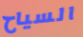
السياح